Etiology and epidemiology of plague
Disease focus: Plague
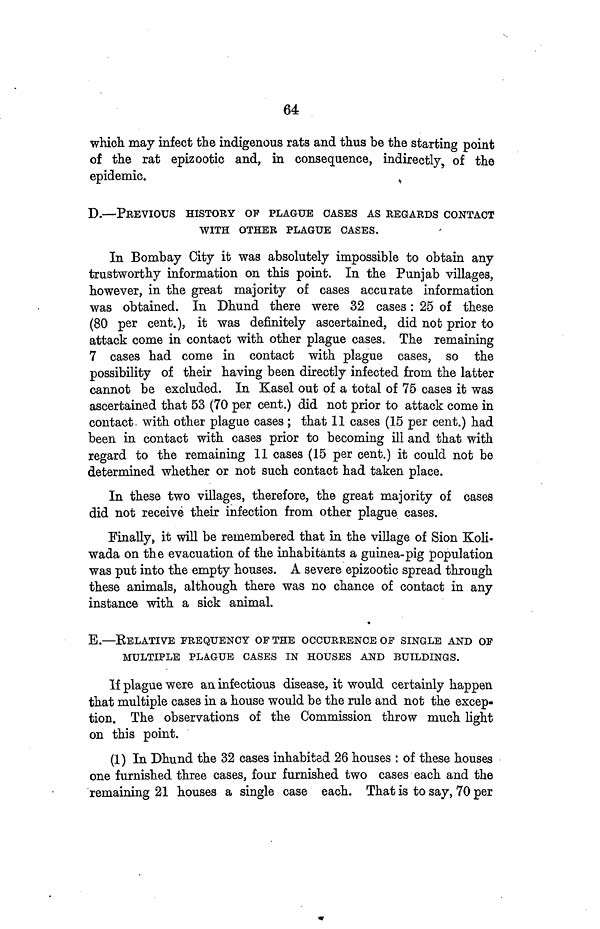
64
which, may infect the indigenous rats and thus be the starting point
of the rat epizootic and, in consequence, indirectly, of the
epidemic.
D.—PREVIOUS HISTORY OF PLAGUE OASES AS REGARDS CONTACT
WITH OTHER PLAGUE CASES.
In Bombay City it was absolutely impossible to obtain any
trustworthy information on this point. In the Punjab villages,
however, in the great majority of cases accurate information
was obtained. In Dhund there were 32 cases: 25 of these
(80 per cent.), it was definitely ascertained, did not prior to
attack come in contact with other plague cases. The remaining
7 cases had come in contact with plague cases, so the
possibility of their having been directly infected from the latter
cannot be excluded. In Kasel out of a total of 75 cases it was
ascertained that 53 (70 per cent.) did not prior to attack come in
contact, with other plague cases; that 11 cases (15 per cent.) had
been in contact with cases prior to becoming ill and that with
regard to the remaining 11 cases (15 per cent.) it could not be
determined whether or not such contact had taken place.
In these two villages, therefore, the great majority of cases
did not receive their infection from other plague cases.
Finally, it will be remembered that in the village of Sion Koli-
wada on the evacuation of the inhabitants a guinea-pig population
was put into the empty houses. A severe epizootic spread through
these animals, although there was no chance of contact in any
instance with a sick animal.
E.—RELATIVE FREQUENCY OF THE OCCURRENCE OF SINGLE AND OF
MULTIPLE PLAGUE CASES IN HOUSES AND BUILDINGS.
If plague were an infectious disease, it would certainly happen
that multiple cases in a house would be the rule and not the excep-
tion. The observations of the Commission throw much light
on this point.
(1) In Dhund the 32 cases inhabited 26 houses : of these houses
one furnished three cases, four furnished two cases each and the
remaining 21 houses a single case each. That is to say, 70 per